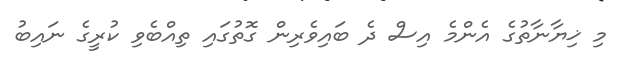
މި ޚިޔާނާތުގެ އެންމެ އިސް ދެ ބައިވެރިން ގޮތުގައި ތިއްބެވި ކުރީގެ ނައިބު